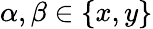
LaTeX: \alpha,\beta\in\{ x,y\}